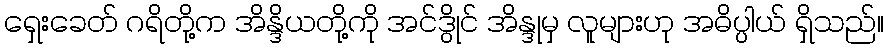
ရှေးခေတ် ဂရိတို့က အိန္ဒိယတို့ကို အင်ဒွိုင် အိန္ဒုမှ လူများဟု အဓိပ္ပါယ် ရှိသည်။